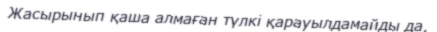
Жасырынып қаша алмаған түлкі қарауылдамайды да,